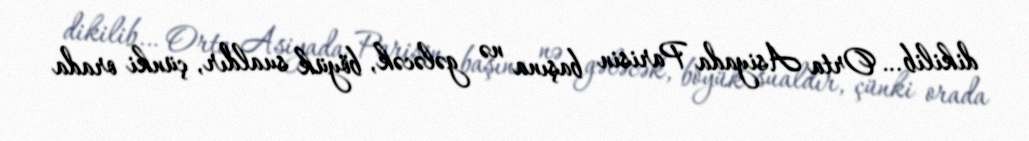
dikilib… Orta Asiyada Parisin başına nə gələcək, böyük sualdır, çünki orada